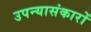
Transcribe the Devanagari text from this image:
उपन्यासंकारों